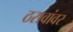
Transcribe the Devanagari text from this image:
ठरावांवर